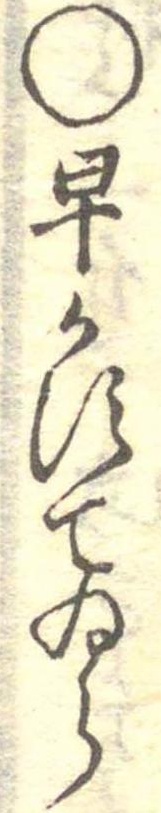
○早かすてゐら